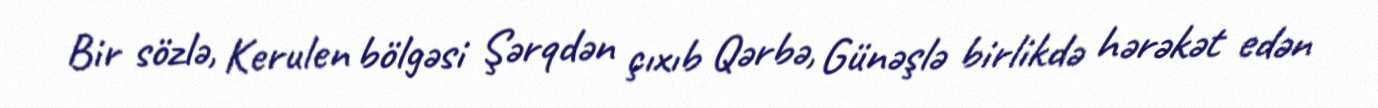
Bir sözlə, Kerulen bölgəsi Şərqdən çıxıb Qərbə, Günəşlə birlikdə hərəkət edən